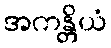
အကန္တိယံ